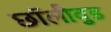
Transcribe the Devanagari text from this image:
छॉलीवुड